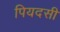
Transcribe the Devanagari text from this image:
पियदसी